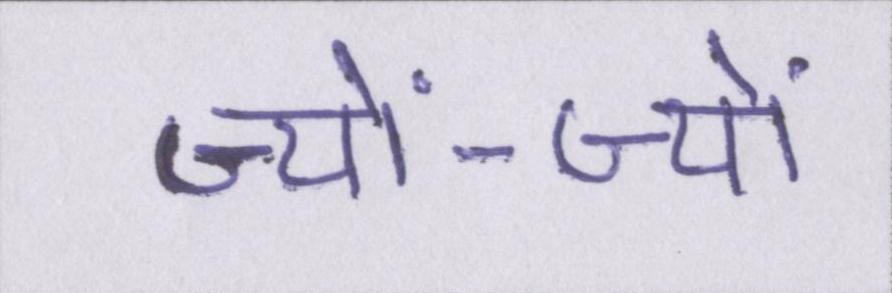
ज्यों-ज्यों